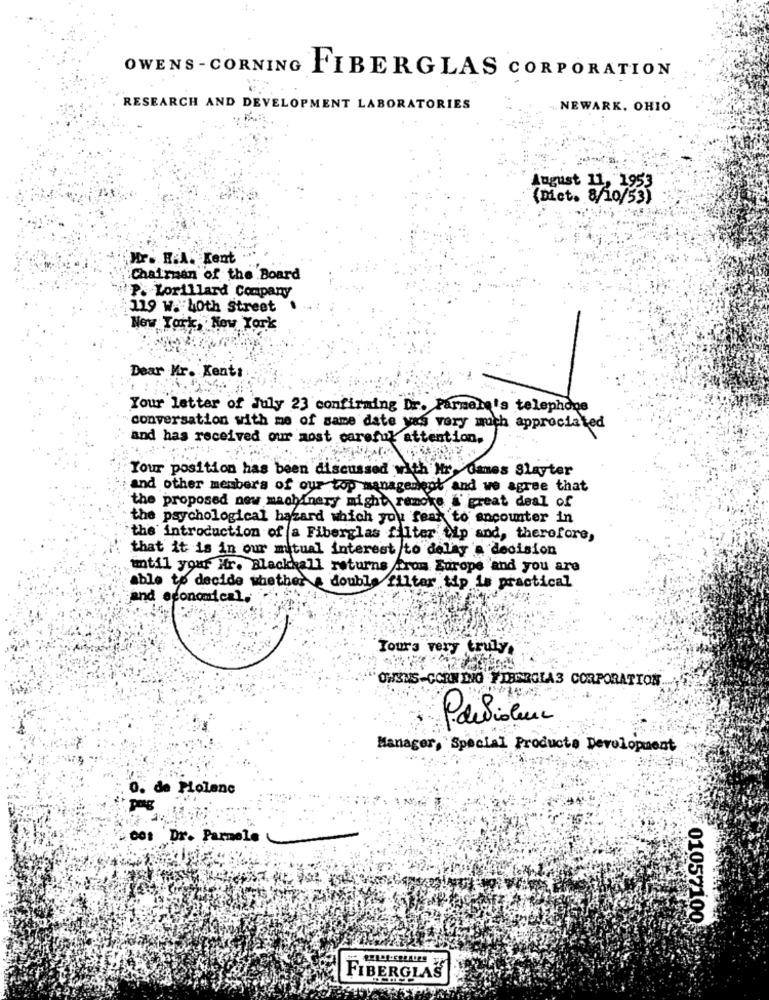
OWENS - CORNING FIBERGLAS CORPORATION
RESEARCH AND DEVELOPMENT LABORATORIES
„. NEWARK, OHIO
August
(Det. 8/10/33
Mr. R.A. Kent
Chairman of the Board
P. Lorillard Company
119 w. 40th Street
New York, New York
Dear Mr. Xent:
Your letter of July 23 confirming Dr. Farmer's telephone
conversation with me of same date yas very much appreciated
and has received our aost careful attention,
Your position has been discussed with Hr Games Slayter
and other members of our top management and we agree that
the proposed new machinery might remove &' great deal of
the psychological hazard which you fear to ancounter in
the introduction of a Fiberglas filter tip and, therefore,
that it is in our mutual interest to dellay'a decision
until your Hr. Blackkall returns from Europe and you are
able to decide whether & double filter tip is practical
and economical.
Tours very truly.
ONSNS-CORN DIGG FIRINRGIA3 CORPORATION
Parliseu
Manager, Special Products Development
0. de Piolenc
pag
00: Dr. Parmale
01057100
FIBERGLAS